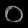
Digit: ၀